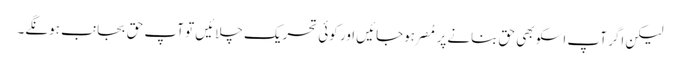
لیکن اگر آپ اسکو بھی حق بنانےپر مُصر ہوجائیں اور کوئی تحریک چلائیں تو آپ حق بجانب ہونگے۔